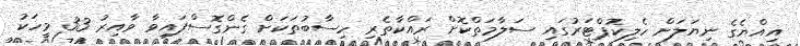
އިއްޔެގެ ނިޔަލަށް ހެލިކޮޕްޓަރުގައި ސަލާމަތްކޮށް ރައްކާތެރި ހިސާބުތަކަށް ގެންގޮސްފައިވާ ވާއިރު 33 މީހަކު